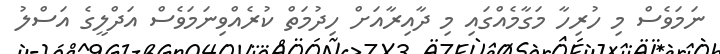
ނަމަވެސް މި ހުރިހާ މަގާމެއްގައި މި ދާއިރާއަށް ހިދުމަތް ކުރެއްވިނަމަވެސް އަދްލީގެ އަސްލު